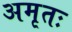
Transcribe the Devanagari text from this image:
अमृतः